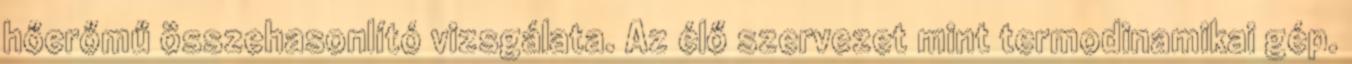
hőerőmű összehasonlító vizsgálata. Az élő szervezet mint termodinamikai gép.